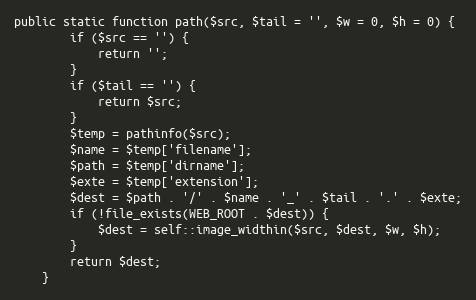
Language: PHP
public static function path($src, $tail = '', $w = 0, $h = 0) {
        if ($src == '') {
            return '';
        }
        if ($tail == '') {
            return $src;
        }
        $temp = pathinfo($src);
        $name = $temp['filename'];
        $path = $temp['dirname'];
        $exte = $temp['extension'];
        $dest = $path . '/' . $name . '_' . $tail . '.' . $exte;
        if (!file_exists(WEB_ROOT . $dest)) {
            $dest = self::image_widthin($src, $dest, $w, $h);
        }
        return $dest;
    }